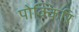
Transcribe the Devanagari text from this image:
पोक्किरि